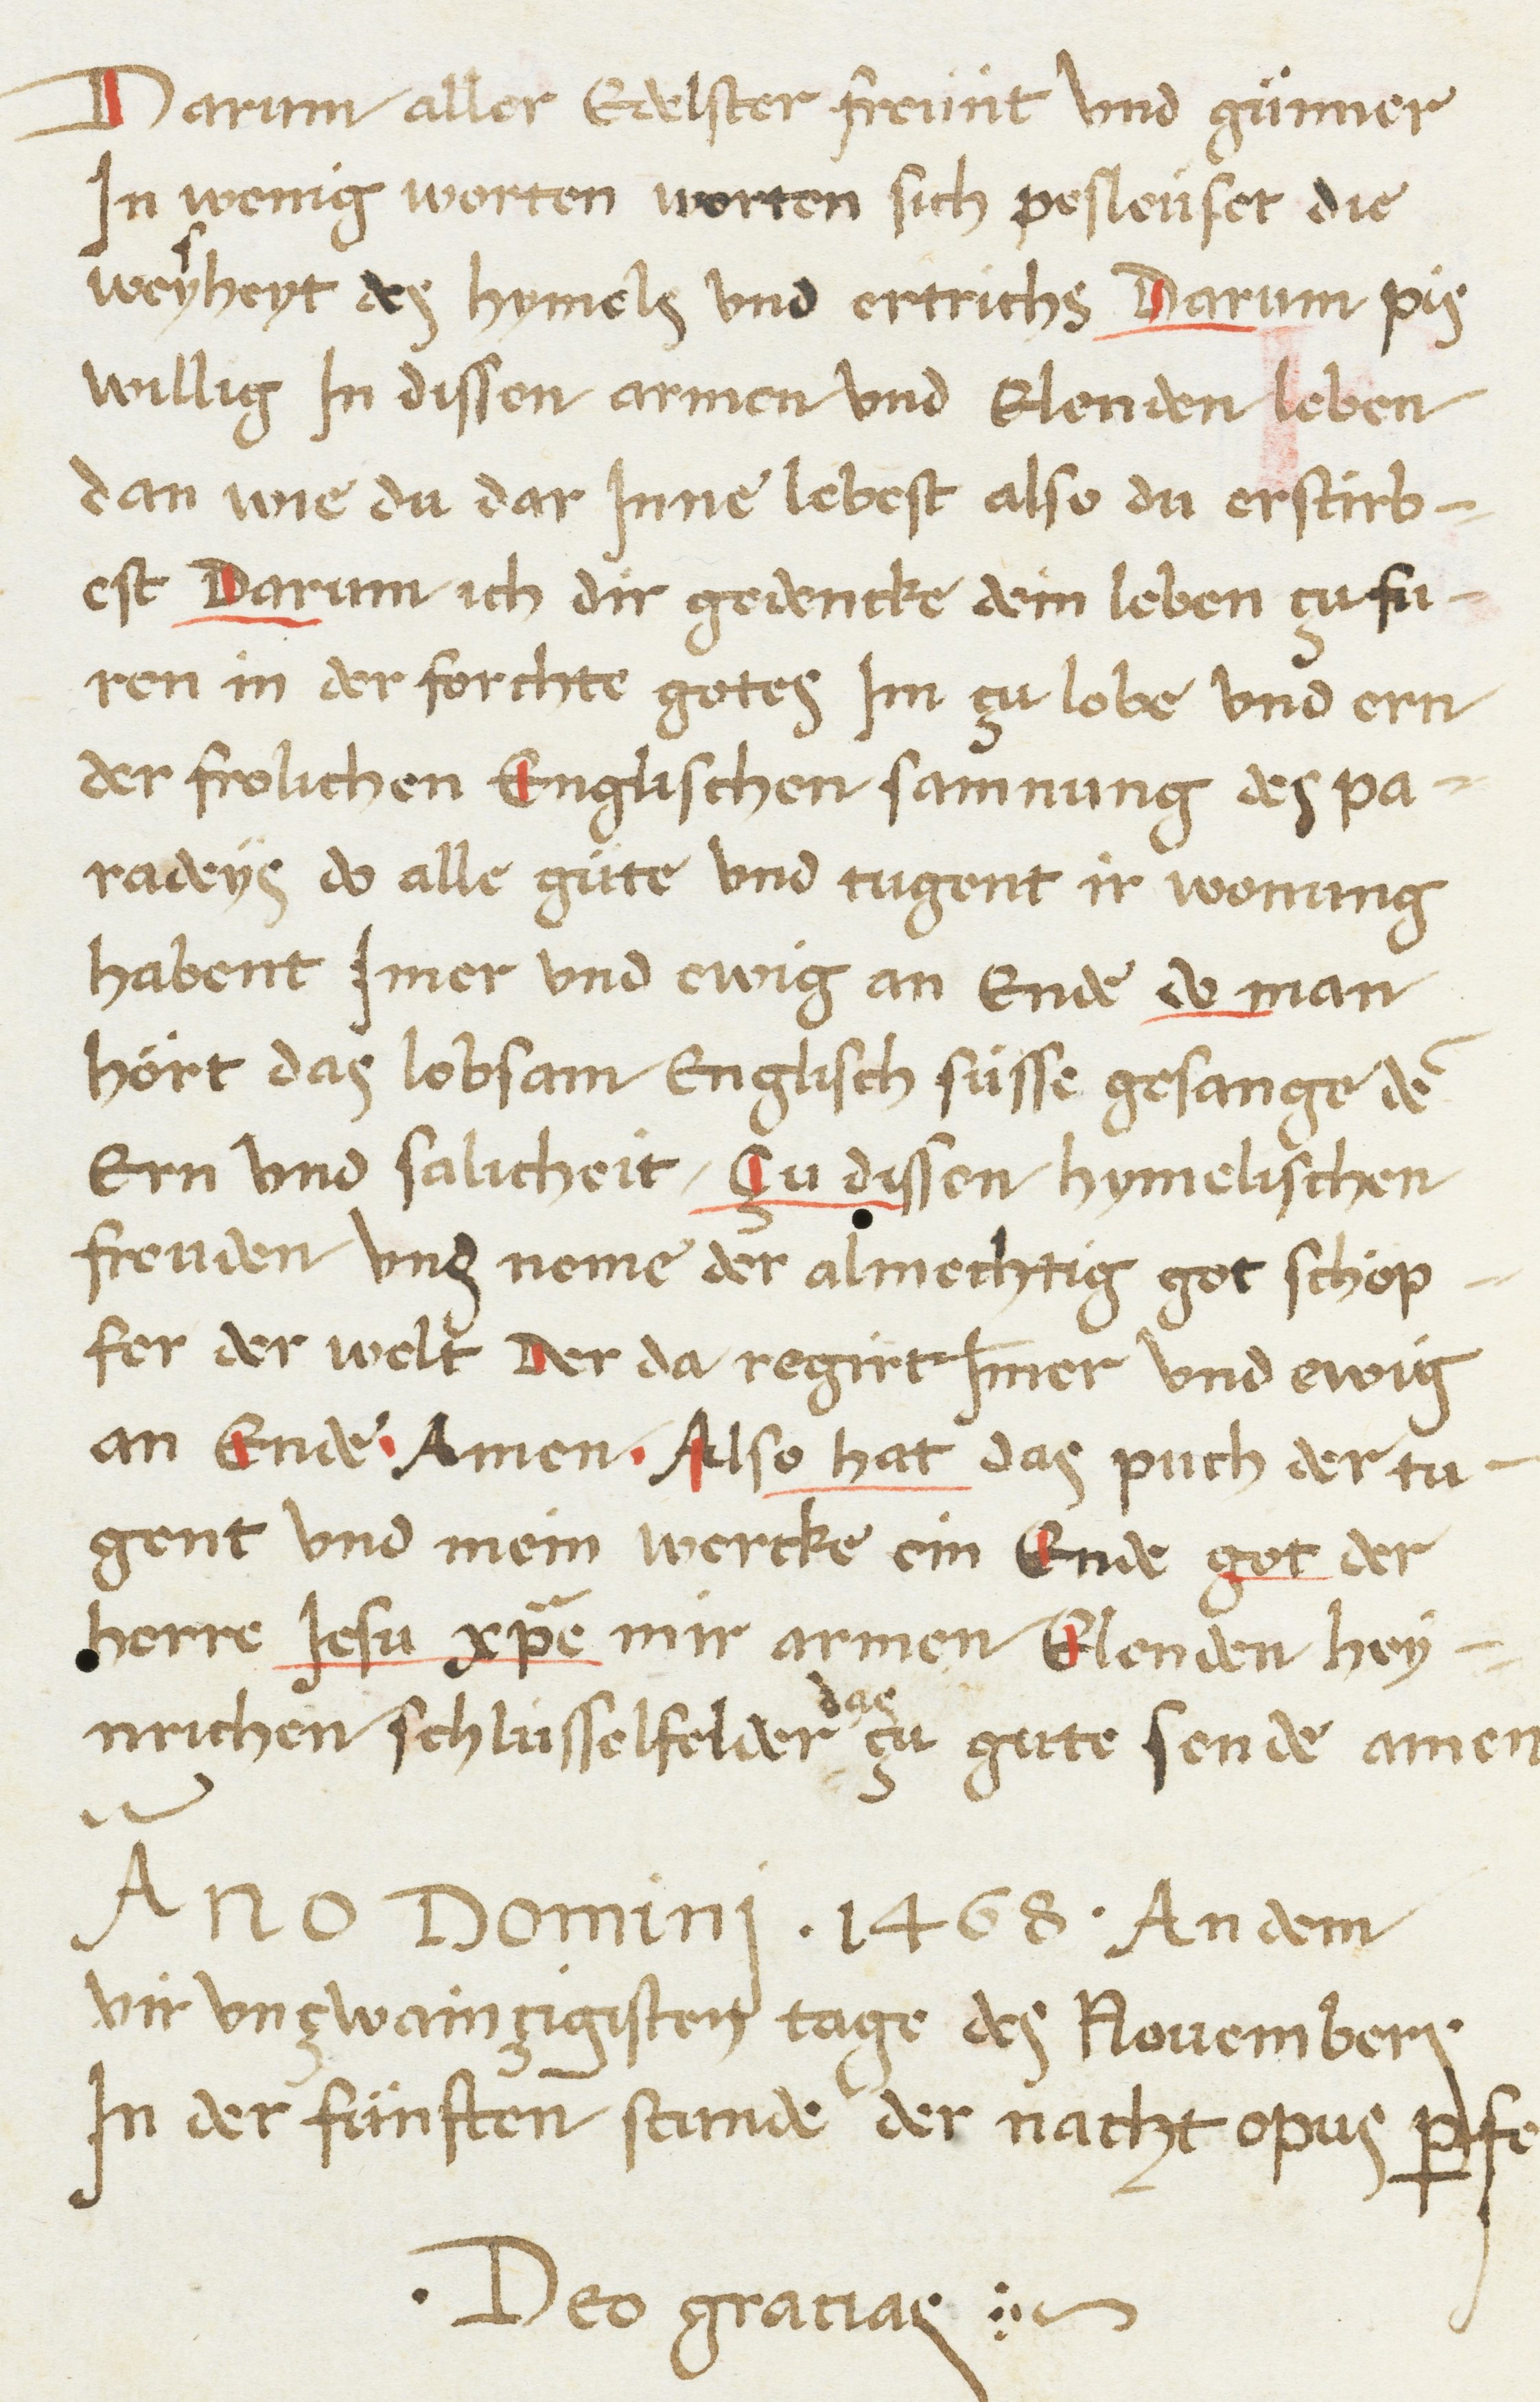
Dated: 1468–1468